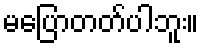
မပြောတတ်ပါဘူး။